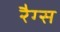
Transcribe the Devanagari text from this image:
रैग्स